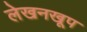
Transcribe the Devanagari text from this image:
लेखनखूप